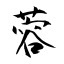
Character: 蓉